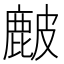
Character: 𥀔